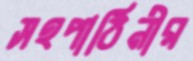
সহপাঠিনীর